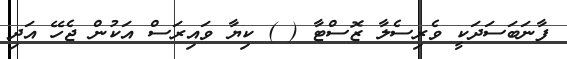
ފާނަބަސަދަކީ ވެރިސެލާ ޒޮސްޓާ ( ) ކިޔާ ވައިރަސް އަކުން ޖެހޭ އަދި